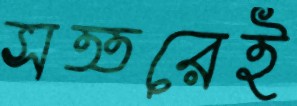
সত্তরেই